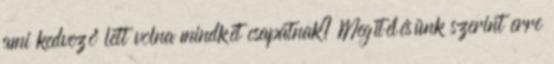
ami kedvező lett volna mindkét csapatnak? Megítélésünk szerint erre